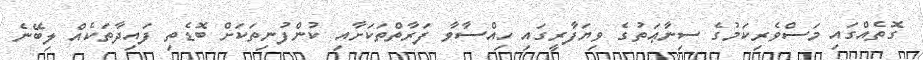
ގޮތެއްގައި މަސްވެރިކަމުގެ ސިނާޢަތުގެ ވިޔަފާރީގައި ހިއްސާވާ ފަރާތްތަކަށާއި ކުންފުނިތަކަށް ބޮޑެތި ފައިދާތަކެއް ލިބޭނެ